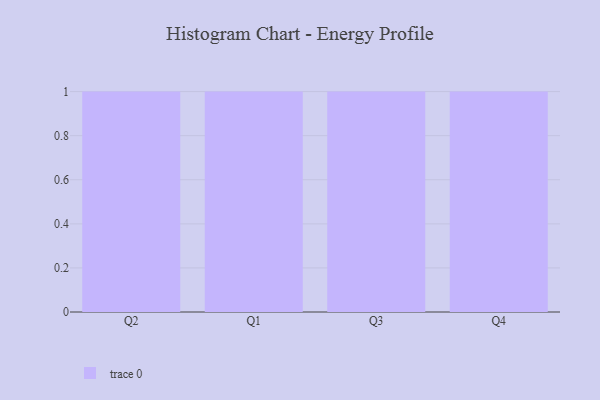
{"axis": {"x": "Quarter", "y": "Budget (USD K)"}, "legend": [""], "data": [{"x": "Q2", "y": 54, "type": ""}, {"x": "Q1", "y": 21, "type": ""}, {"x": "Q3", "y": 14, "type": ""}, {"x": "Q4", "y": 98, "type": ""}]}